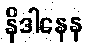
နိဒါနေန